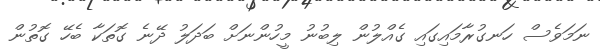
ނަމަވެސް ހަނގުރާމައިގައި ގެއްލުން ލިބުނު މީހުންނަށް ބަދަލު ދޭނެ ގޮތަކާ ބެހޭ ގޮތުން